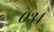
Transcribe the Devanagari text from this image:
०३४